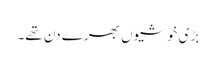
بڑی خوشیوں بھرے دن تھے۔